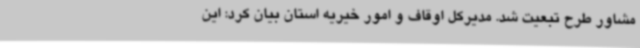
مشاور طرح تبعیت شد. مدیرکل اوقاف و امور خیریه استان بیان کرد: این